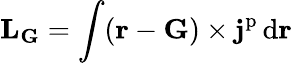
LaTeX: \mathbf{L}_{\mathbf{G}}=\int(\mathbf{r}-\mathbf{G})\times\mathbf{j}^{\mathrm{p}}\, \mathrm{d}\mathbf{r}